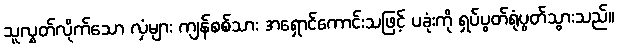
သူလွှတ်လိုက်သော လှံများ ကျန်စစ်သား အရှောင်ကောင်းသဖြင့် ပခုံးကို ရှပ်ပွတ်ရုံပွတ်သွားသည်။